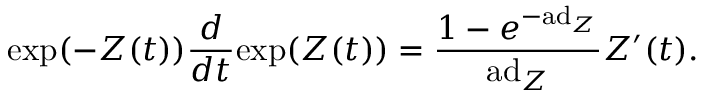
\exp ( - Z ( t ) ) { \frac { d } { d t } } \mathrm { e x p } ( Z ( t ) ) = { \frac { 1 - e ^ { - \mathrm { a d } _ { Z } } } { \mathrm { a d } _ { Z } } } Z ^ { \prime } ( t ) .